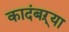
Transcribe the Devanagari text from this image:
कादंबऱ्‍या